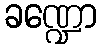
ခဏ္ဍော